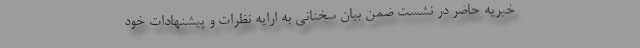
خیریه حاضر در نشست ضمن بیان سخنانی به ارایه نظرات و پیشنهادات خود